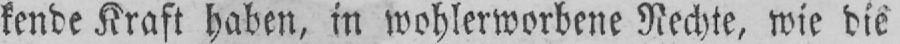
kende Kraft haben, in wohlerworbene Rechte, wie die